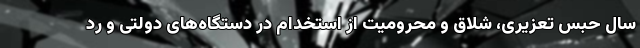
سال حبس تعزیری، شلاق و محرومیت از استخدام در دستگاه‌های دولتی و رد